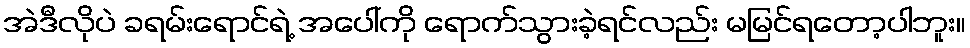
အဲဒီလိုပဲ ခရမ်းရောင်ရဲ့ အပေါ်ကို ရောက်သွားခဲ့ရင်လည်း မမြင်ရတော့ပါဘူး။